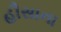
હૌસાના